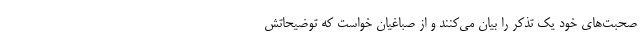
صحبت‌های خود یک تذکر را بیان می‌کنند و از صباغیان خواست که توضیحاتش